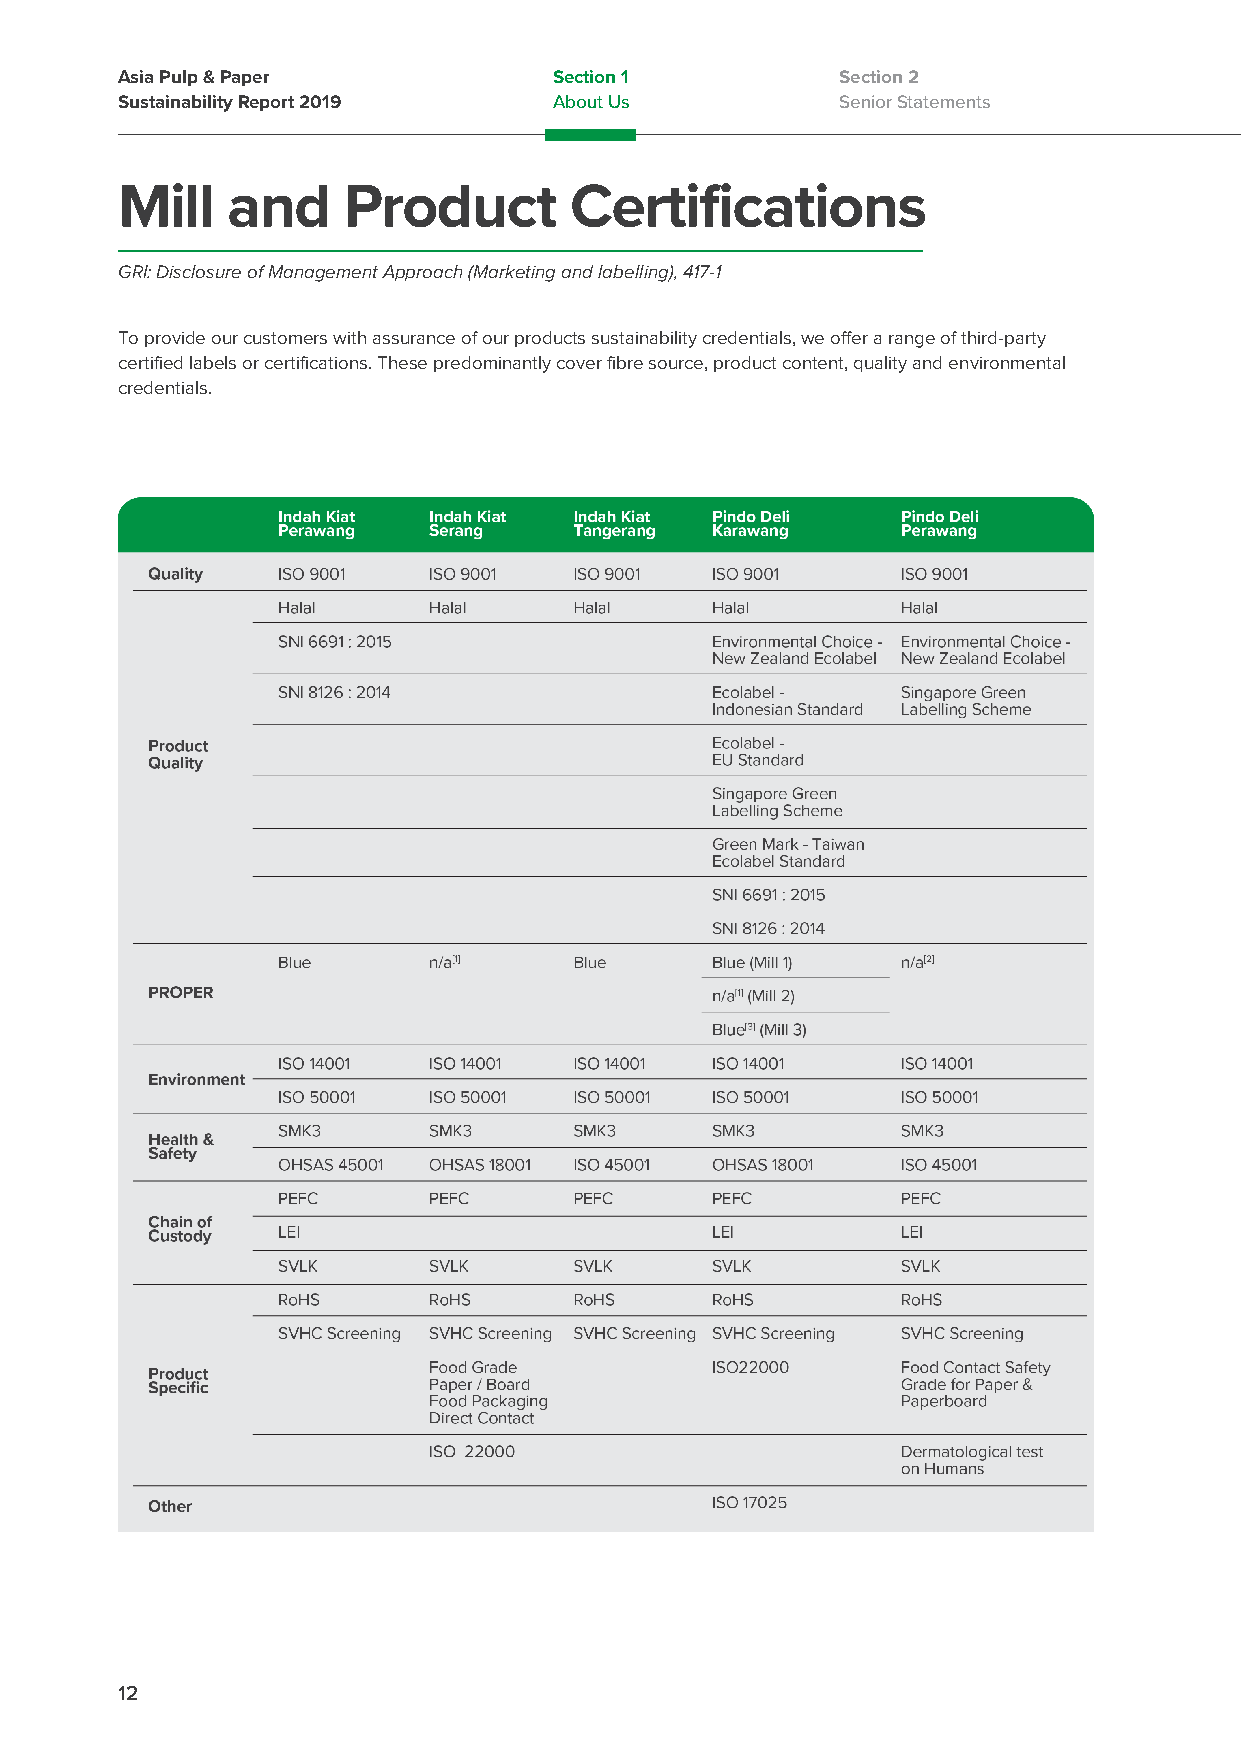
Asia Pulp & Paper            Section 1          Section 2
 Sustainability Report 2019   About Us           Senior Statements
 Mill   and     Product        Certifications
 GRI: Disclosure of Management Approach (Marketing and labelling), 417-1
 To provide our customers with assurance of our products sustainability credentials, we offer a range of third-party
 certified labels or certifications. These predominantly cover fibre source, product content, quality and environmental
 credentials.
 12